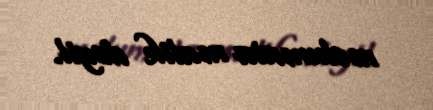
məlumata malik deyil.